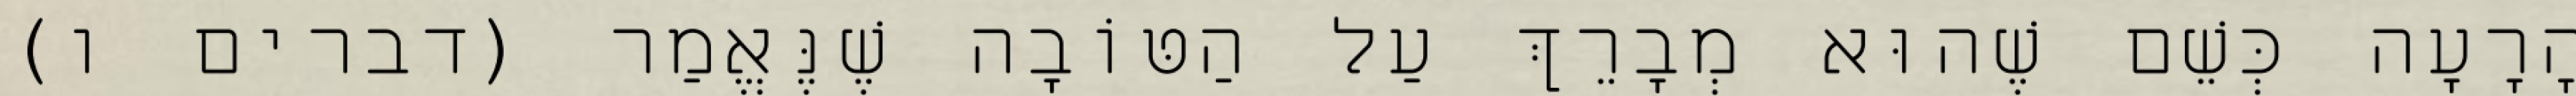
הָרָעָה כְּשֵׁם שֶׁהוּא מְבָרֵךְ עַל הַטּוֹבָה שֶׁנֶּאֱמַר (דברים ו)